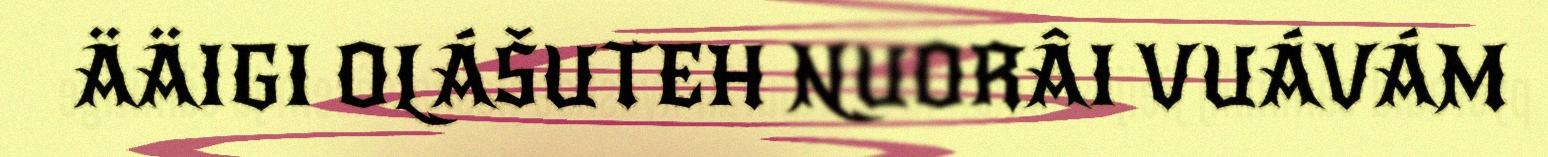
ÄÄIGI OLÁŠUTEH NUORÂI VUÁVÁM